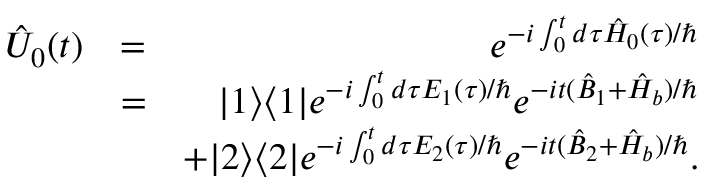
\begin{array} { r l r } { \hat { U } _ { 0 } ( t ) } & { = } & { e ^ { - i \int _ { 0 } ^ { t } d \tau \hat { H } _ { 0 } ( \tau ) / \hbar } } \\ & { = } & { | 1 \rangle \langle 1 | e ^ { - i \int _ { 0 } ^ { t } d \tau E _ { 1 } ( \tau ) / \hbar } e ^ { - i t ( \hat { B } _ { 1 } + \hat { H } _ { b } ) / \hbar } } \\ & { } & { + | 2 \rangle \langle 2 | e ^ { - i \int _ { 0 } ^ { t } d \tau E _ { 2 } ( \tau ) / \hbar } e ^ { - i t ( \hat { B } _ { 2 } + \hat { H } _ { b } ) / \hbar } . } \end{array}